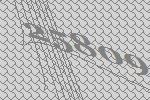
25809